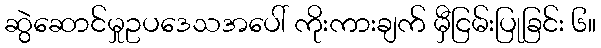
ဆွဲဆောင်မှုဥပဒေသအပေါ် ကိုးကားချက် မှီငြမ်းပြုခြင်း ၆။